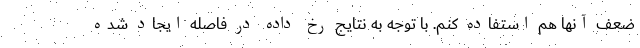
ضعف آنها هم استفاده کنم. با توجه به نتایج رخ داده در فاصله ایجاد شده